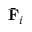
\bar { \mathbf { F } } _ { i }